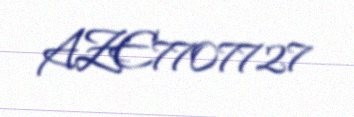
AZE7707727